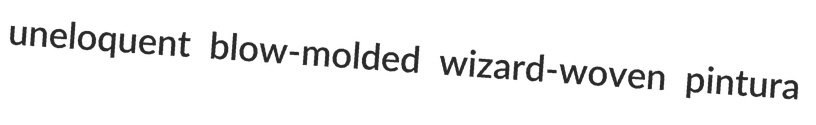
uneloquent blow-molded wizard-woven pintura